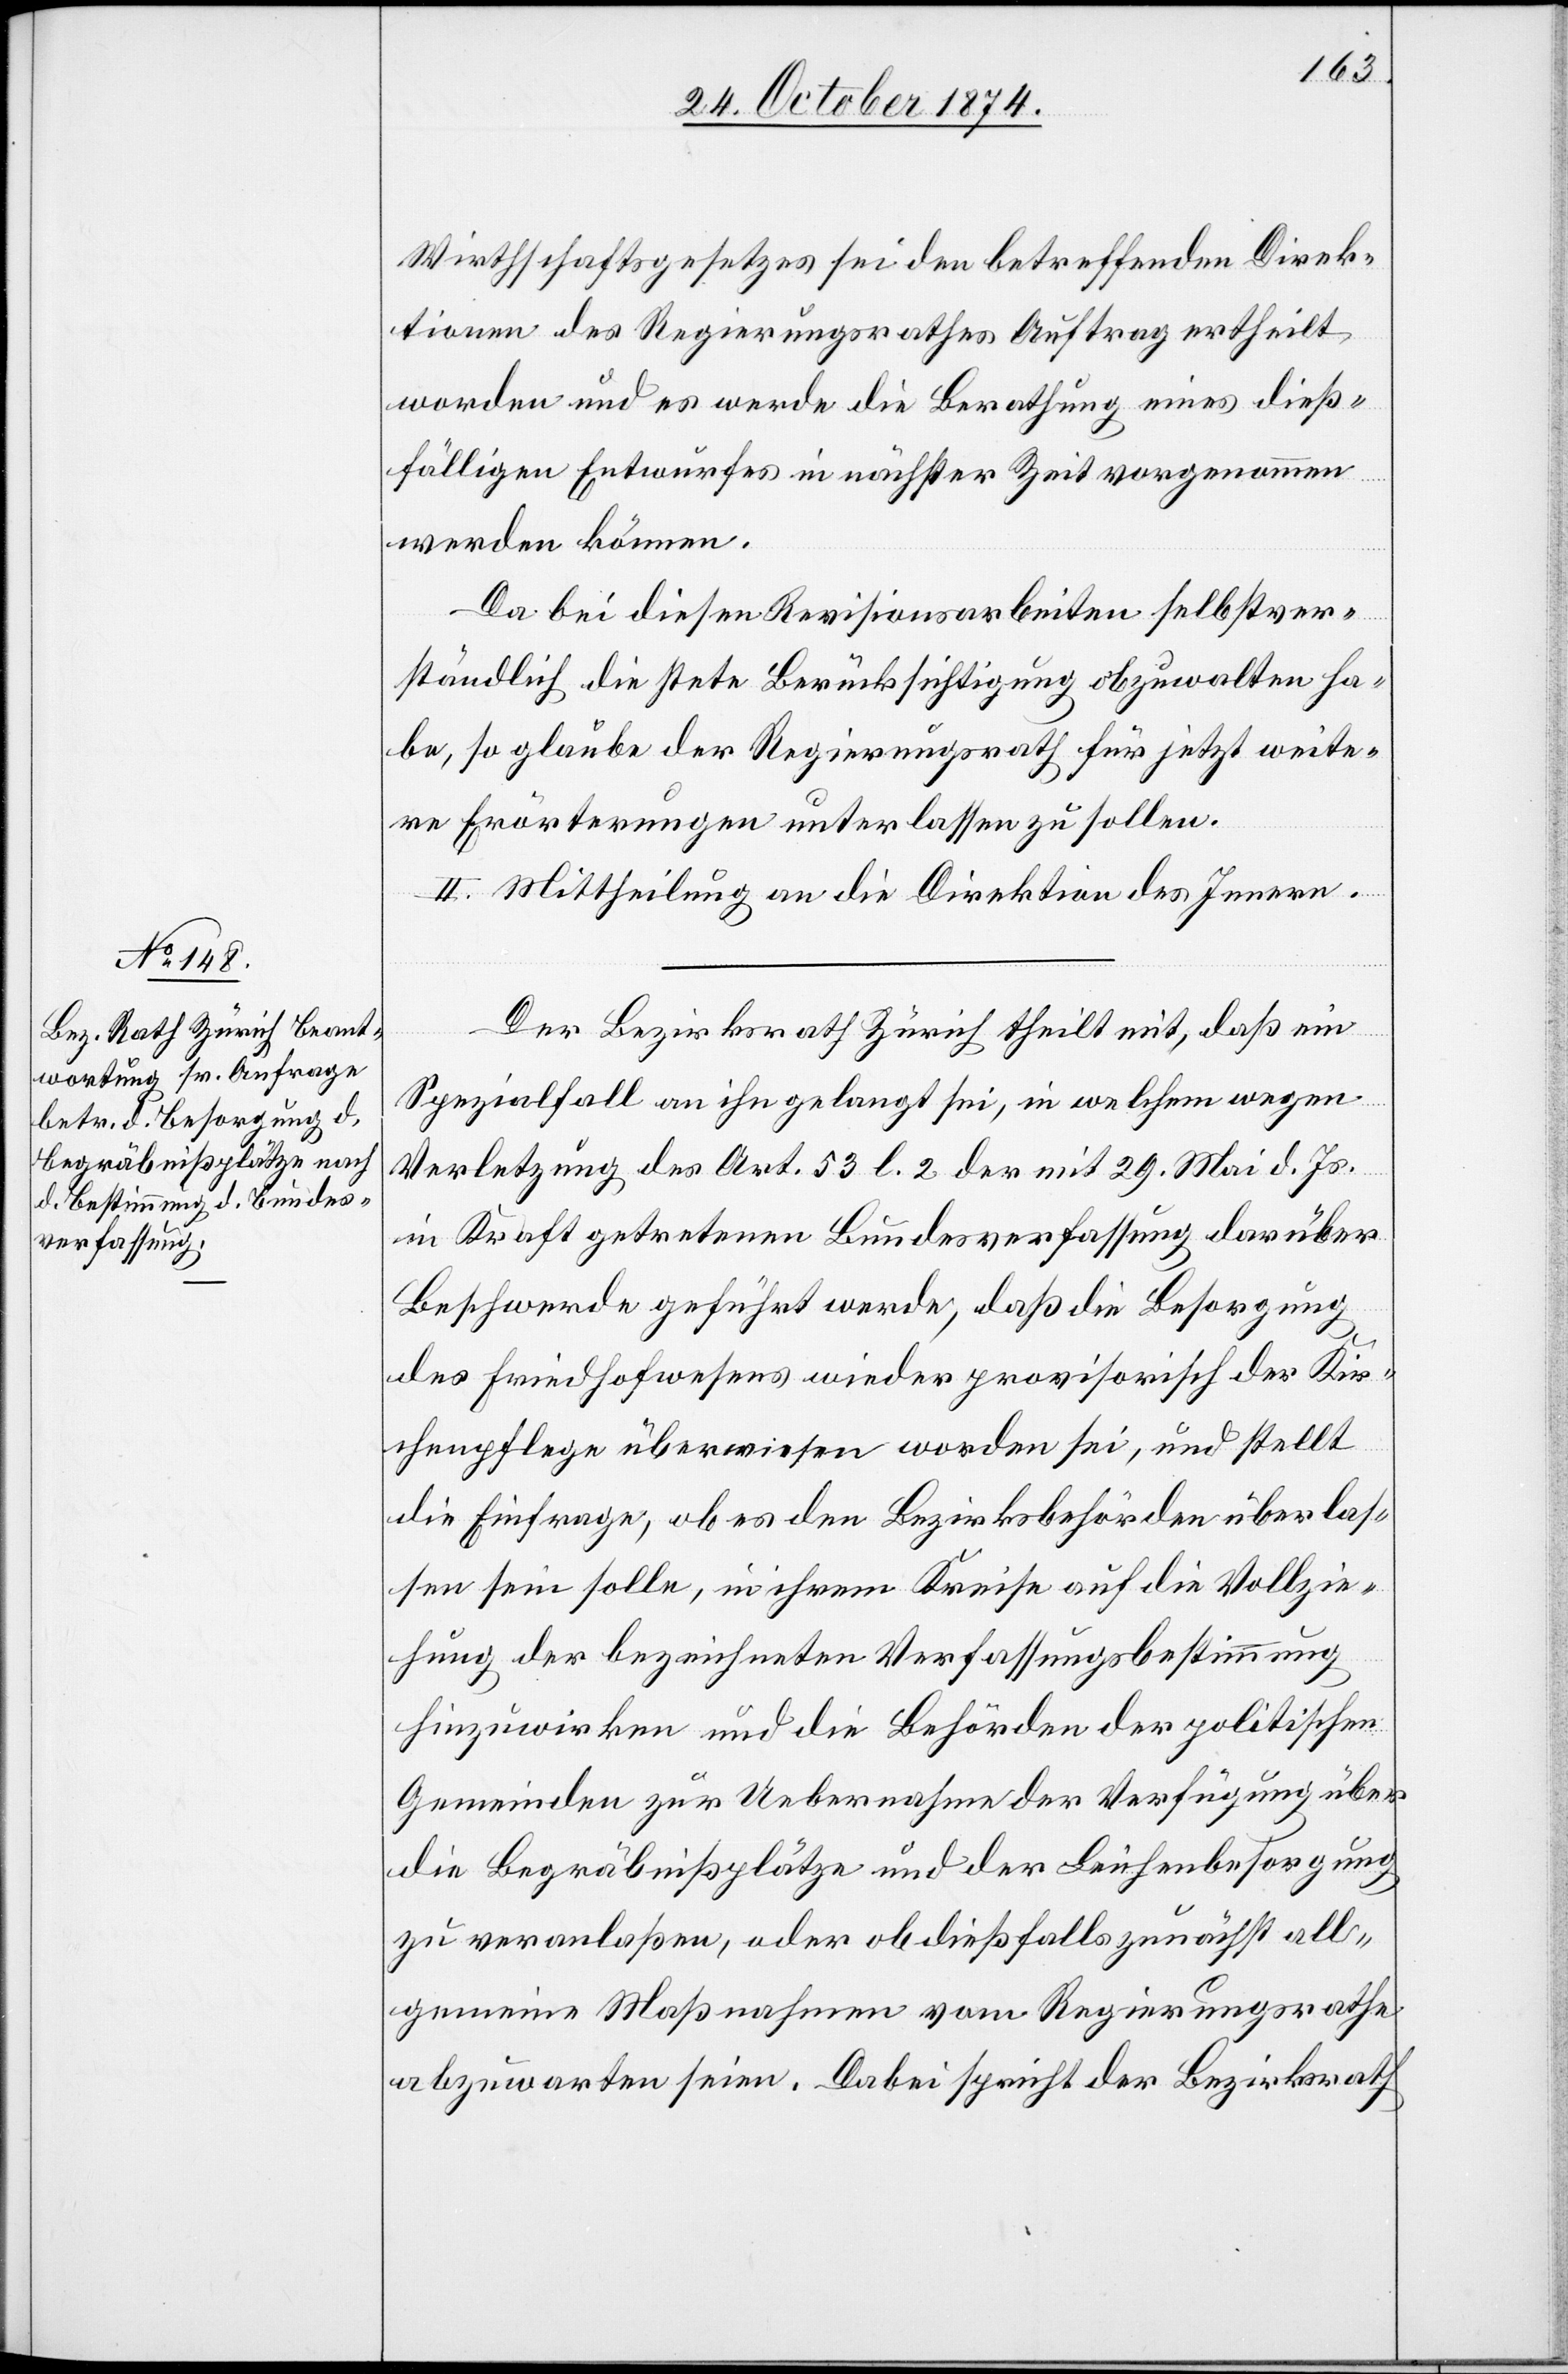
Wirthschaftsgesetzes sei den betreffenden Direk¬
tionen des Regierungsrathes Auftrag ertheilt
worden und es werde die Berathung eines dieß¬
fälligen Entwurfes in nächster Zeit vorgenommen
werden können.
Da bei diesen Revisionsarbeiten selbstver¬
ständlich die stete Berücksichtigung obzuwalten ha¬
be, so glaube der Regierungsrath für jetzt weite¬
re Erörterungen unterlassen zu sollen.
II. Mittheilung an die Direktion des Innern.
Der Bezirksrath Zürich theilt mit, daß ein
Spezialfall an ihn gelangt sei, in welchem wegen
Verletzung des Art. 53 l. 2 der mit 29. Mai d. Js.
in Kraft getretenen Bundesverfassung darüber
Beschwerde geführt werde, daß die Besorgung
des Friedhofwesens wieder provisorisch der Kir¬
chenpflege überwiesen worden sei, und stellt
die Einfrage, ob es den Bezirksbehörden überlas¬
sen sein solle, in ihrem Kreise auf die Vollzie¬
hung der bezeichneten Verfassungsbestimmung
hinzuwirken und die Behörden der politischen
Gemeinden zur Uebernahme der Verfügung über
die Begräbnißplätze und der Leichenbesorgung
zu veranlaßen, oder ob dießfalls zunächst all¬
gemeine Maßnahmen vom Regierungsrathe
abzuwarten seien. Dabei spricht der Bezirksrath